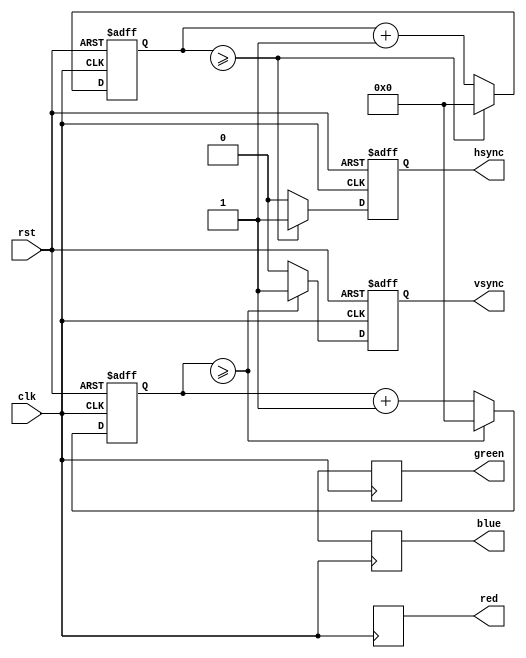
module VGA_controller (
    input clk,
    input rst,
    output reg hsync,
    output reg vsync,
    output reg [7:0] red,
    output reg [7:0] green,
    output reg [7:0] blue
);

reg [10:0] h_counter;
reg [10:0] v_counter;
reg [7:0] color_data;

// Horizontal synchronization signal generation
always @(posedge clk or posedge rst) begin
    if (rst) begin
        h_counter <= 0;
        hsync <= 0;
    end else begin
        if (h_counter >= H_SYNC_PULSE_WIDTH) begin
            h_counter <= 0;
            hsync <= 1; // Active low
        end else begin
            h_counter <= h_counter + 1;
            hsync <= 0;
        end
    end
end

// Vertical synchronization signal generation
always @(posedge clk or posedge rst) begin
    if (rst) begin
        v_counter <= 0;
        vsync <= 0;
    end else begin
        if (v_counter >= V_SYNC_PULSE_WIDTH) begin
            v_counter <= 0;
            vsync <= 1; // Active low
        end else begin
            v_counter <= v_counter + 1;
            vsync <= 0;
        end
    end
end

// Color generation from memory block
// Assumes color_data is fetched from memory
always @(posedge clk) begin
    red <= color_data[7:0];
    green <= color_data[15:8];
    blue <= color_data[23:16];
end

endmodule